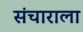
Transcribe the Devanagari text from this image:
संचाराला